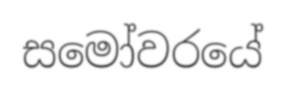
සමෝවරයේ